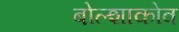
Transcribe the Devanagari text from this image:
बोल्शाकोव